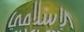
الإسلامي